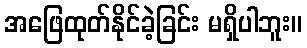
အဖြေထုတ်နိုင်ခဲ့ခြင်း မရှိပါဘူး။